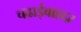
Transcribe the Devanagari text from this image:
चढाईबाहद्दर